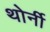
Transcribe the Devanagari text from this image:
थोर्नी